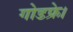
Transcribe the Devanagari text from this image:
गोडफ्रे।